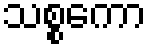
သစ္စကော